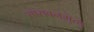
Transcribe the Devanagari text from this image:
सारावनमुत्थु